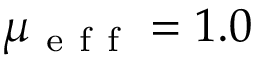
\mu _ { \mathrm { ~ e ~ f ~ f ~ } } = 1 . 0